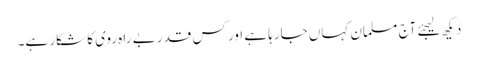
دیکھ لیجئے آج مسلمان کہاں جارہا ہے اور کس قدر بے راہ روی کا شکار ہے۔